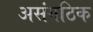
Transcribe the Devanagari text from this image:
असंगठिक